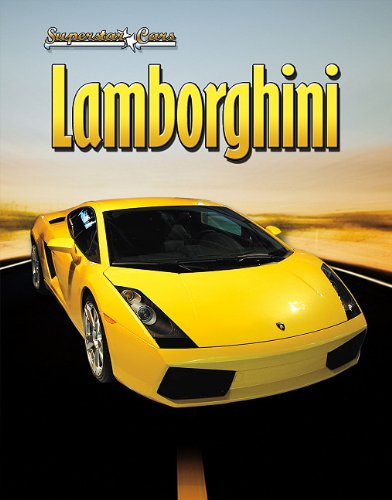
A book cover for Lamborghini (Superstar Cars); James Bow; Engineering & Transportation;